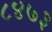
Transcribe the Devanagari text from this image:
८४७३